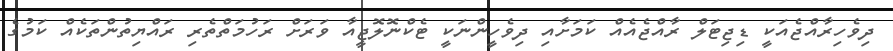
ދިވެހިރާއްޖެއަކީ ޑިޖިޓަލް ރާއްޖެއެއް ކަމަށާއި ދިވެހީންނަކީ ޓެކްނޮލޮޖީއާ ވަރަށް ރަހުމަތްތެރި ރައްޔިތުންތަކެއް ކަމުގެ